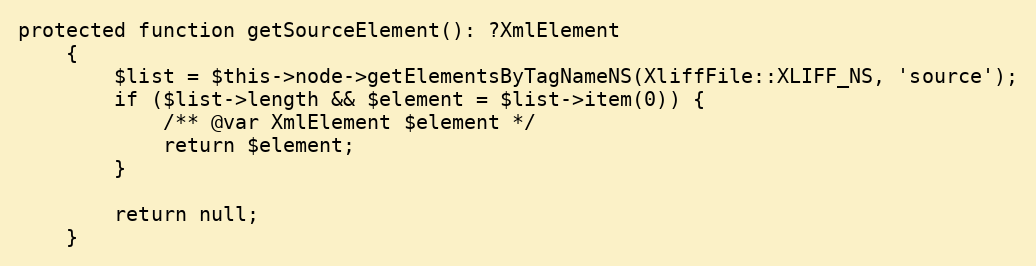
Language: PHP
protected function getSourceElement(): ?XmlElement
    {
        $list = $this->node->getElementsByTagNameNS(XliffFile::XLIFF_NS, 'source');
        if ($list->length && $element = $list->item(0)) {
            /** @var XmlElement $element */
            return $element;
        }

        return null;
    }